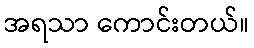
အရသာ ကောင်းတယ်။